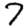
Digit: 7